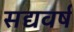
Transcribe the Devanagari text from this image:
सद्यवर्ष